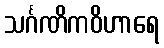
သင်္ဂဏိကဝိဟာရေ